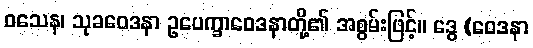
ဝသေန၊ သုခဝေဒနာ ဥပေက္ခာဝေဒနာတို့၏ အစွမ်းဖြင့်။ ဒွေ (ဝေဒနာ